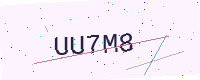
Text: UU7M8